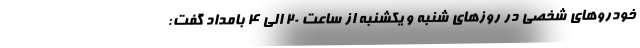
خودروهای شخصی در روزهای شنبه و یکشنبه از ساعت ٢٠ الی ٤ بامداد گفت: